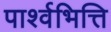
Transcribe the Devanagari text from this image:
पार्श्वभित्ति